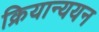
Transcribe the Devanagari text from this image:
क्रियान्ययन